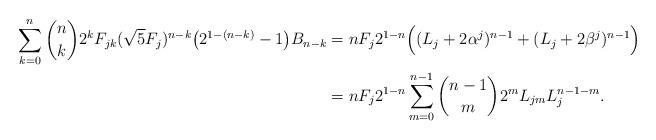
LaTeX: \begin{align*}\sum_{k=0}^{n} {n\choose k} 2^k F_{jk} (\sqrt{5}F_j)^{n-k} \big ( 2^{1-(n-k)} - 1 \big ) B_{n-k} & = n F_j 2^{1-n} \Big ( (L_j + 2\alpha^j)^{n-1} + (L_j + 2\beta^j )^{n-1}\Big ) \\& = n F_j 2^{1-n} \sum_{m=0}^{n-1} {n-1\choose m} 2^m L_{jm} L_j^{n-1-m}.\end{align*}